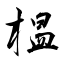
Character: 榅